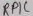
Text: RP1C